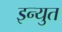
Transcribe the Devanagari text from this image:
इन्युत